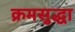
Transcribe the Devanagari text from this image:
क्रमसुद्धा